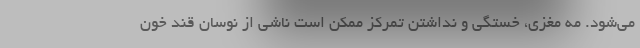
می‌شود. مه مغزی، خستگی و نداشتن تمرکز ممکن است ناشی از نوسان قند خون